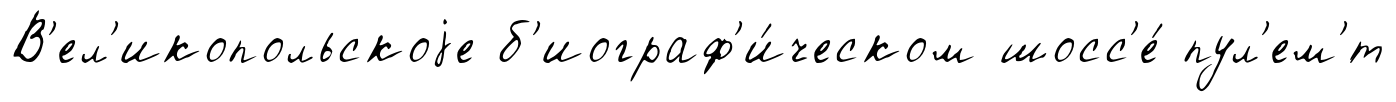
В'ел'икопольскоjе б'иограф'и́ческом шосс'е́ пул'ем'́т